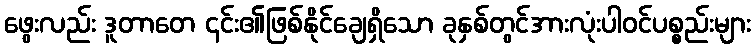
ဖွေးလည်း ဒူတာတေ ၎င်း၏ဖြစ်နိုင်ချေရှိသော ခုနှစ်တွင်အားလုံးပါဝင်ပစ္စည်းများ